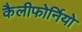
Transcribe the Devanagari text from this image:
कैलीफोर्नियो